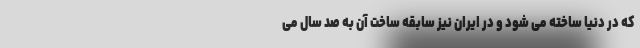
که در دنیا ساخته می شود و در ایران نیز سابقه ساخت آن به صد سال می